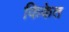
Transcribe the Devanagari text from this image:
किकेत